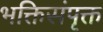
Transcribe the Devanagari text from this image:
भक्तिसंपृक्त